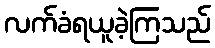
လက်ခံရယူခဲ့ကြသည်